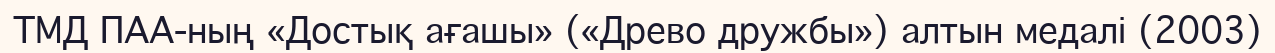
ТМД ПАА-ның «Достық ағашы» («Древо дружбы») алтын медалі (2003)